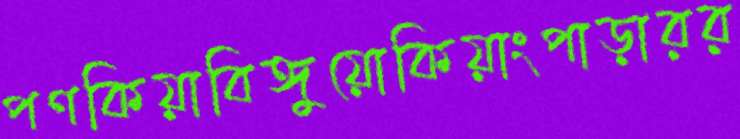
পণকিয়াবিঙ্গুয়োকিয়াংপাড়ারর